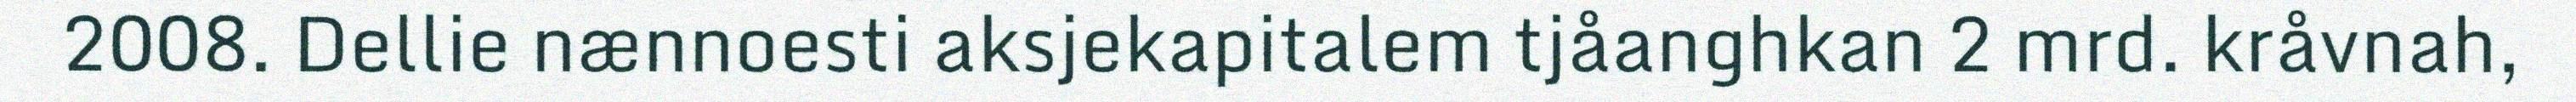
2008. Dellie nænnoesti aksjekapitalem tjåanghkan 2 mrd. kråvnah,